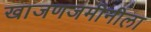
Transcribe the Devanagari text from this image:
खाजणजमीनीला